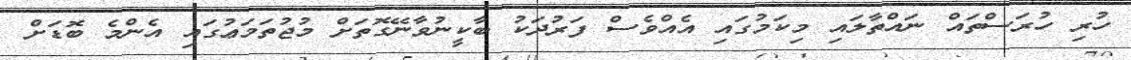
ހުރި ހުރަސްތައް ނައްތާލައި މިކަމުގައި އެއްވެސް ފަރުދަކު ބާކީނުވާނޭގޮތަށް މުޖުތަމަޢުގައި އެންމެ ބޮޑަށް